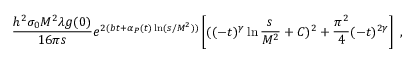
\frac { h ^ { 2 } \sigma _ { 0 } M ^ { 2 } \lambda g ( 0 ) } { 1 6 \pi s } e ^ { 2 ( b t + \alpha _ { P } ( t ) \ln ( s / M ^ { 2 } ) ) } \left[ ( ( - t ) ^ { \gamma } \ln \frac { s } { M ^ { 2 } } + C ) ^ { 2 } + \frac { \pi ^ { 2 } } { 4 } ( - t ) ^ { 2 \gamma } \right] ~ ,